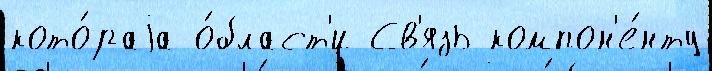
кото́раjа о́бласт'и Св'язь компон'е́нту